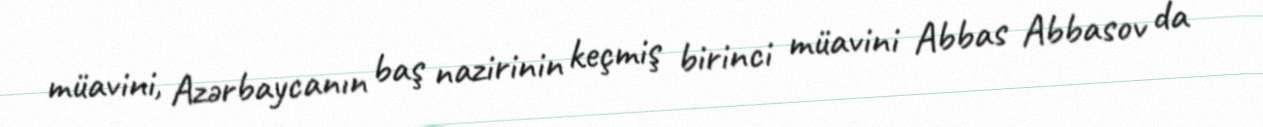
müavini, Azərbaycanın baş nazirinin keçmiş birinci müavini Abbas Abbasov da